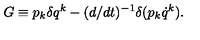
G \equiv p _ { k } \delta q ^ { k } - ( d / d t ) ^ { - 1 } \delta ( p _ { k } \dot { q } ^ { k } ) .